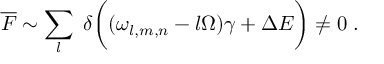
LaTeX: \overline { { { \cal F } } } \sim \sum _ { l } \; \delta \biggl ( ( \omega _ { l , m , n } - l \Omega ) \gamma + \Delta E \biggr ) \neq 0 \; .